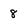
Character: 8